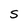
Character: S